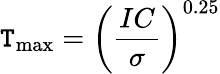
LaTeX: \mathtt{T}_{\mathrm{{max}}}=\left({\frac{{IC}}{{\sigma}}}\right)^{0.25}